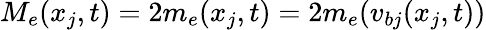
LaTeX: M_{e}(x_{j},t)=2m_{e}(x_{j},t)=2m_{e}(v_{bj}(x_{j},t))